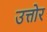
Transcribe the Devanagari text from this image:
उत्तोर